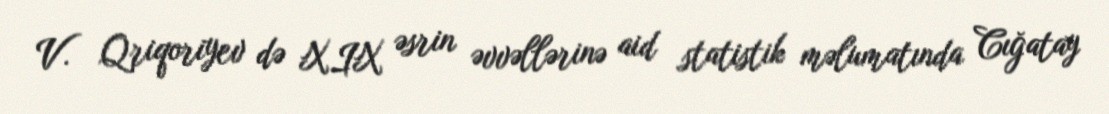
V. Qriqoriyev də XIX əsrin əvvəllərinə aid statistik məlumatında Cığatay